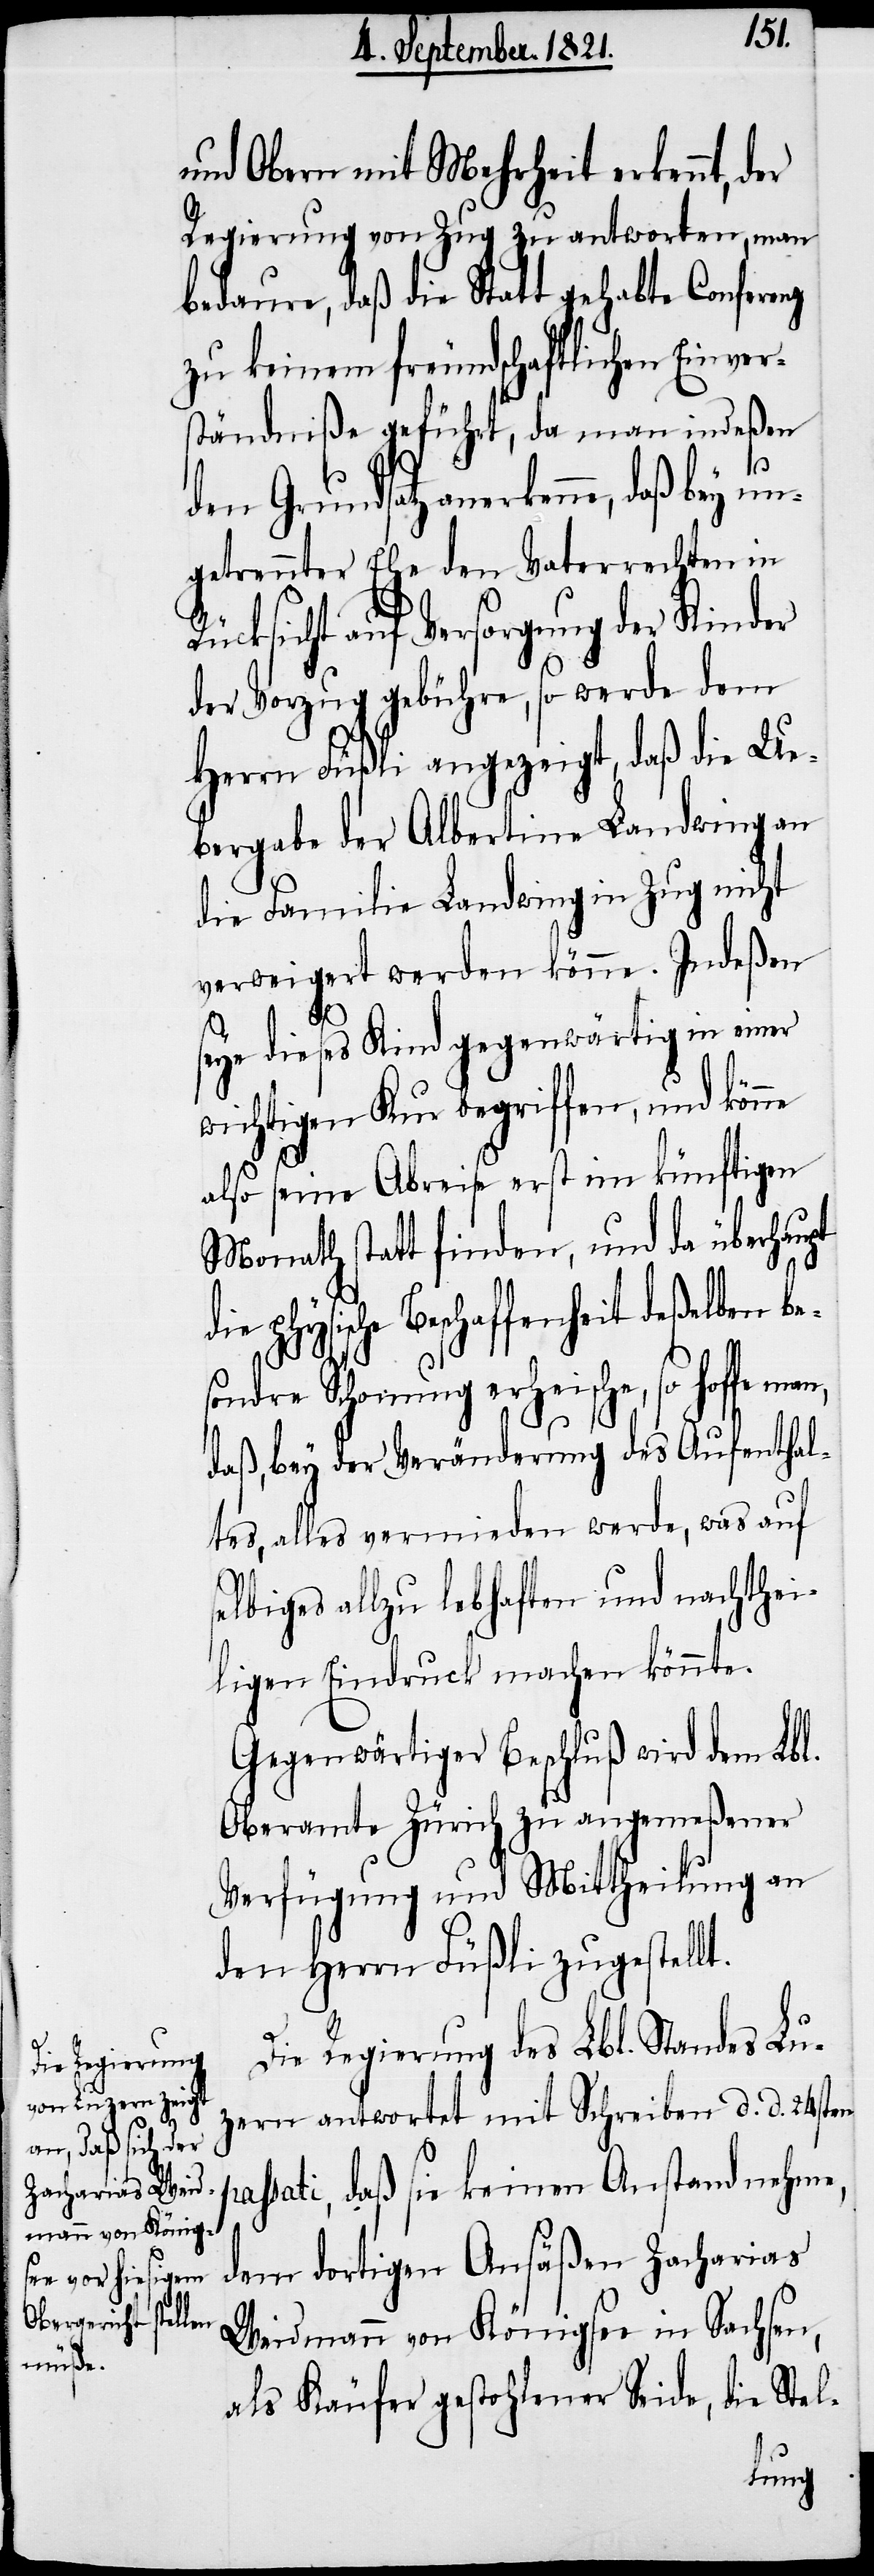
d¬

pass¬
und Obern mit Mehrheit erkennt, der
Regierung von Zug zu antworten, man
bedauere, daß die Statt gehabte Conferenz
zu keinem freundschaftlichen Einvers¬
tändniße geführt, da man indeßen
den Grundsatz anerkenne, daß bey un¬
getrennter Ehe den Vaterrechten in
Rücksicht auf Versorgung der Kinder
der Vorzug gebühre, so werde dem
Herrn Füßli angezeigt, daß die Ue¬
bergabe der Albertine Landwing an
die Familie Landwing in Zug nicht
verweigert werden könne. Indeßen
seye dieses Kind gegenwärtig in einer
wichtigen Kur begriffen, und könne
also seine Abreise erst im künftigen
Monath statt finden, und da überhaupt
ie physische Beschaffenheit deßelben be¬
sondere Schonung erheische, so hoffe man,
daß bey der Veränderung des Aufenthal¬
tes, alles vermieden werde, was auf
selbiges allzu lebhaften und nachthei¬
ligen Eindruck machen könne.
Gegenwärtiger Beschluß wird dem Lbl.
Oberamte Zürich zu angemeßener
Verfügung und Mittheilung an
den Herrn Füßli zugestellt.
Die Regierung des Lbl. Standes Luz¬
ern antwortet mit Schreiben d. d. 24sten
ati, daß sie keinen Anstand nehme,
dem dortigen Ansäßen Zacharias
Weidmann von Königsee in Sachsen,
als Käufer gestohlener Seide, die Stel-